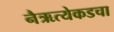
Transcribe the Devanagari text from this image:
नैऋत्येकडचा